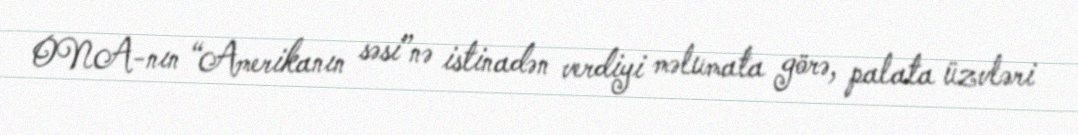
ONA-nın “Amerikanın səsi”nə istinadən verdiyi məlumata görə, palata üzvləri